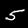
Digit: 5